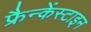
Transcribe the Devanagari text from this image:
फ्रैन्केंस्टाइन